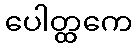
ပေါတ္ထကေ